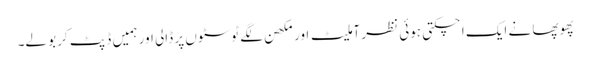
پھوپھا نے ایک اچکتی ہوئی نظر آملیٹ اور مکھن لگے ٹوسٹوں پر ڈالی اور ہمیں ڈپٹ کر بولے۔